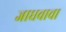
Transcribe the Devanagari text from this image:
जाधवाचा